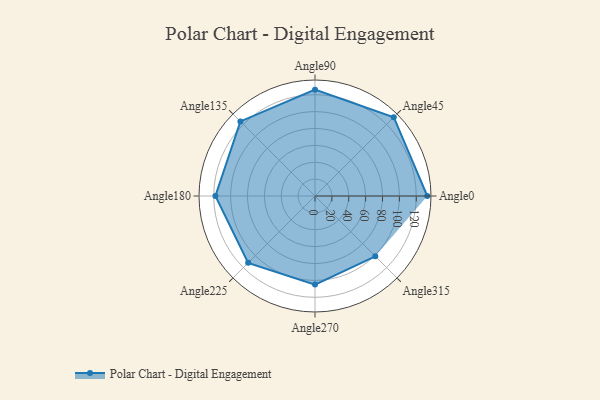
{"axis": {"x": "Angle", "y": "Radius"}, "legend": [""], "data": [{"x": "Angle0", "y": 133.0, "type": ""}, {"x": "Angle45", "y": 132.0, "type": ""}, {"x": "Angle90", "y": 126.0, "type": ""}, {"x": "Angle135", "y": 125.0, "type": ""}, {"x": "Angle180", "y": 118.0, "type": ""}, {"x": "Angle225", "y": 112.0, "type": ""}, {"x": "Angle270", "y": 105.0, "type": ""}, {"x": "Angle315", "y": 101.0, "type": ""}]}